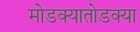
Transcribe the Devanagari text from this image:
मोडक्यातोडक्या